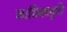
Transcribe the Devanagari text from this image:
काशिकावृति